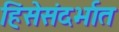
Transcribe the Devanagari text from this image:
हिंसेसंदर्भात